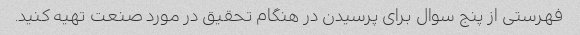
فهرستی از پنج سوال برای پرسیدن در هنگام تحقیق در مورد صنعت تهیه کنید.